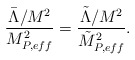
\begin{align*}\frac{\bar\Lambda/M^2}{M^2_{P,eff}}=\frac{\tilde\Lambda/M^2}{\tilde M^2_{P,eff}}.\end{align*}